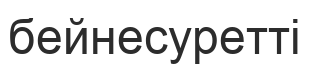
бейнесуретті